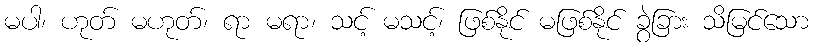
မပါ၊ ဟုတ် မဟုတ်၊ ရာ မရာ၊ သင့် မသင့်၊ ဖြစ်နိုင် မဖြစ်နိုင် ခွဲခြား သိမြင်သော